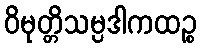
ဝိမုတ္တိသမ္ပဒါကထဉ္စ